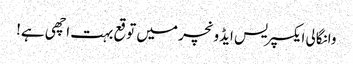
وانگالی ایکسپریس ایڈونچر میں توقع بہت اچھی ہے!